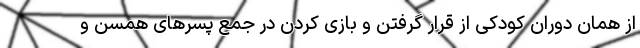
از همان دوران کودکی از قرار گرفتن و بازی کردن در جمع پسرهای همسن و